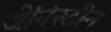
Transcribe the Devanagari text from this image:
जेनिस्टीन